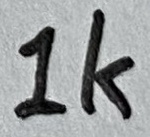
Text: 1K